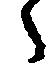
々